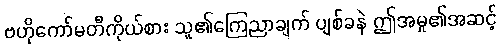
ဗဟိုကော်မတီကိုယ်စား သူ၏ကြေညာချက် ပျစ်ခနဲ ဤအမှု၏အဆင့်